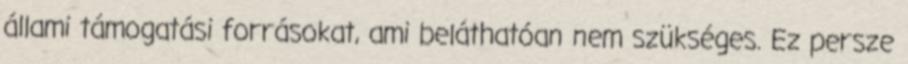
állami támogatási forrásokat, ami beláthatóan nem szükséges. Ez persze